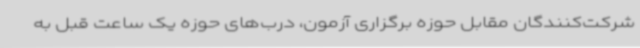
شرکت‌کنندگان مقابل حوزه برگزاری آزمون، درب‌های حوزه یک ساعت قبل به